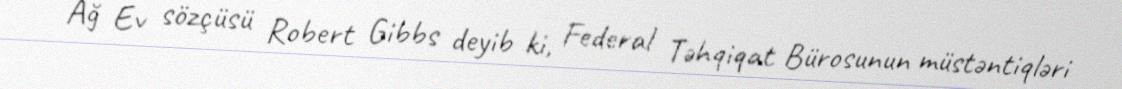
Ağ Ev sözçüsü Robert Gibbs deyib ki, Federal Təhqiqat Bürosunun müstəntiqləri